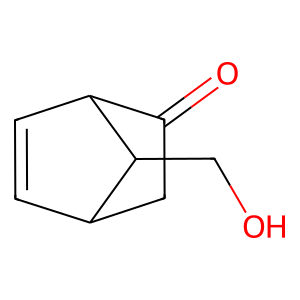
SMILES: O=C1CC2C=CC1C2CO
Inhibits HIV replication: No